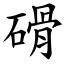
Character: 磆